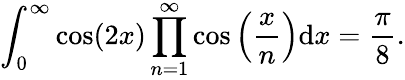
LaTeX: \int_{0}^{\infty}\cos(2x)\prod_{n=1}^{\infty}\cos\left({\frac{x}{n}}\right)\mathrm{d}x={\frac{\pi}{8}}.